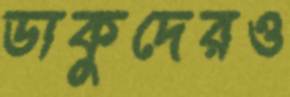
ডাকুদেরও